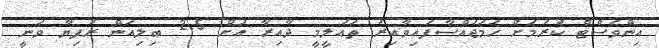
އިންވެސްޓް ކުރުމަށް ހަމަޖައްސާފައިވާއިރު ތައުލީމީ ދާއިރާ އަށް 2.5 ބިލިއަން ރުފިޔާ ވަނީ